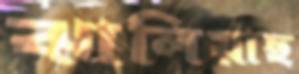
ঝালিয়াছ